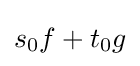
s_{0}f+t_{0}g